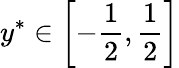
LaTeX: {{y}^{*}}\in\left[-\frac{1}{2},\frac{1}{2}\right]